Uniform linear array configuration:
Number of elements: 16
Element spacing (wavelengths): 0.5
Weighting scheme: cosine
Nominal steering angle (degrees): -30
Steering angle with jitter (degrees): -29.717
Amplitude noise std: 0.05
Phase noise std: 0.05

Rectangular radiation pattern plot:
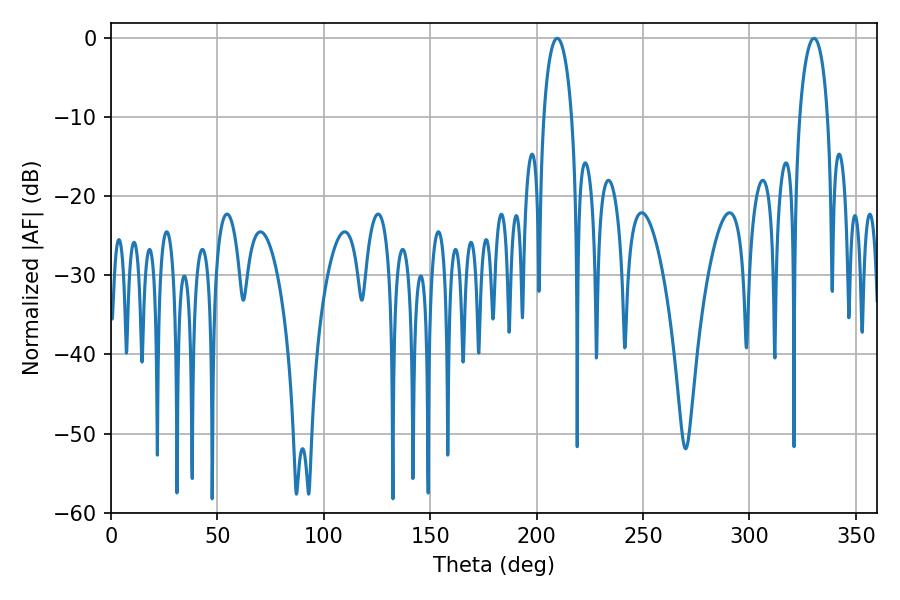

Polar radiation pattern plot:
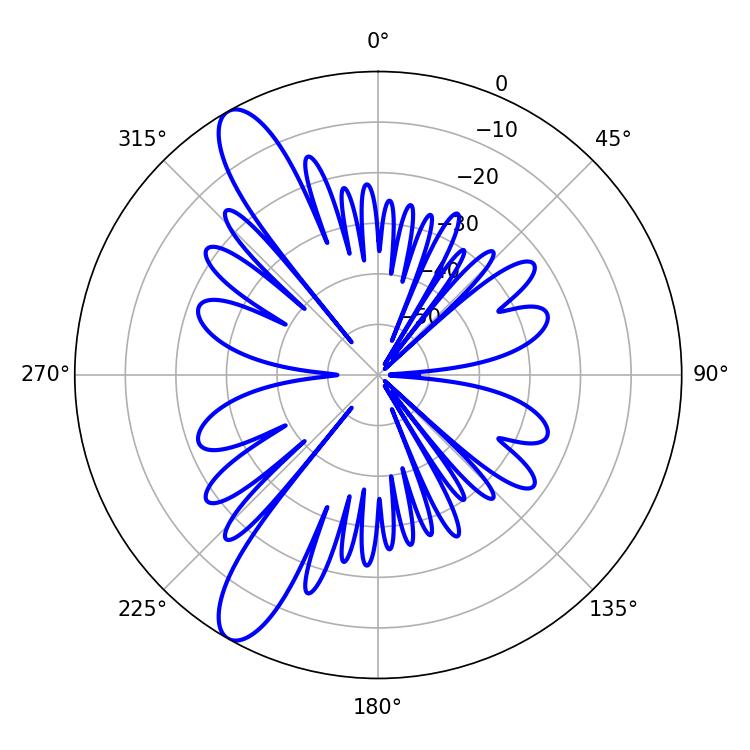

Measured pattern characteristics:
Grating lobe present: FALSE
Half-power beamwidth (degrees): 7.56
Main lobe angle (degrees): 209.7